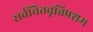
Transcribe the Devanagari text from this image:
सर्वचित्तवृत्तिप्रशम